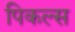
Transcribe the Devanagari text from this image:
पिकल्स